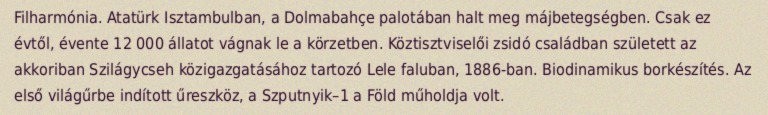
Filharmónia. Atatürk Isztambulban, a Dolmabahçe palotában halt meg májbetegségben. Csak ez évtől, évente 12 000 állatot vágnak le a körzetben. Köztisztviselői zsidó családban született az akkoriban Szilágycseh közigazgatásához tartozó Lele faluban, 1886-ban. Biodinamikus borkészítés. Az első világűrbe indított űreszköz, a Szputnyik–1 a Föld műholdja volt.